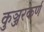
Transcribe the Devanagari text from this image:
कुञ्जरकर्ण